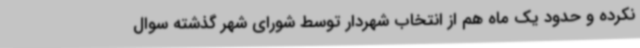
نکرده و حدود یک ماه هم از انتخاب شهردار توسط شورای شهر گذشته سوال